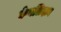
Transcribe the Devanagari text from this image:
केबलिदान